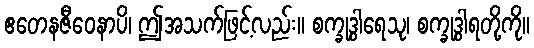
ဧတေနဇီဝေနာပိ၊ ဤအသက်ဖြင့်လည်း။ စက္ခုဒွါရေသု၊ စက္ခုဒွါရတို့ကို။